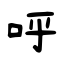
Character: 呼